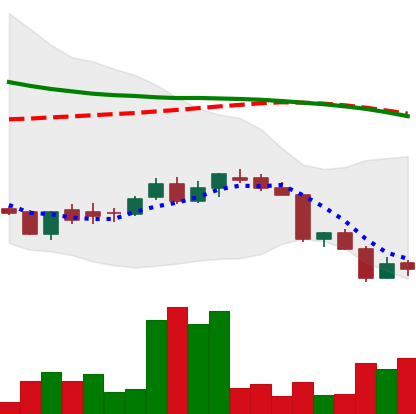
Ticker: DOGE-USD
Chart end date: 2018-06-15
Forward return: 4.136%
Label: up_3_5